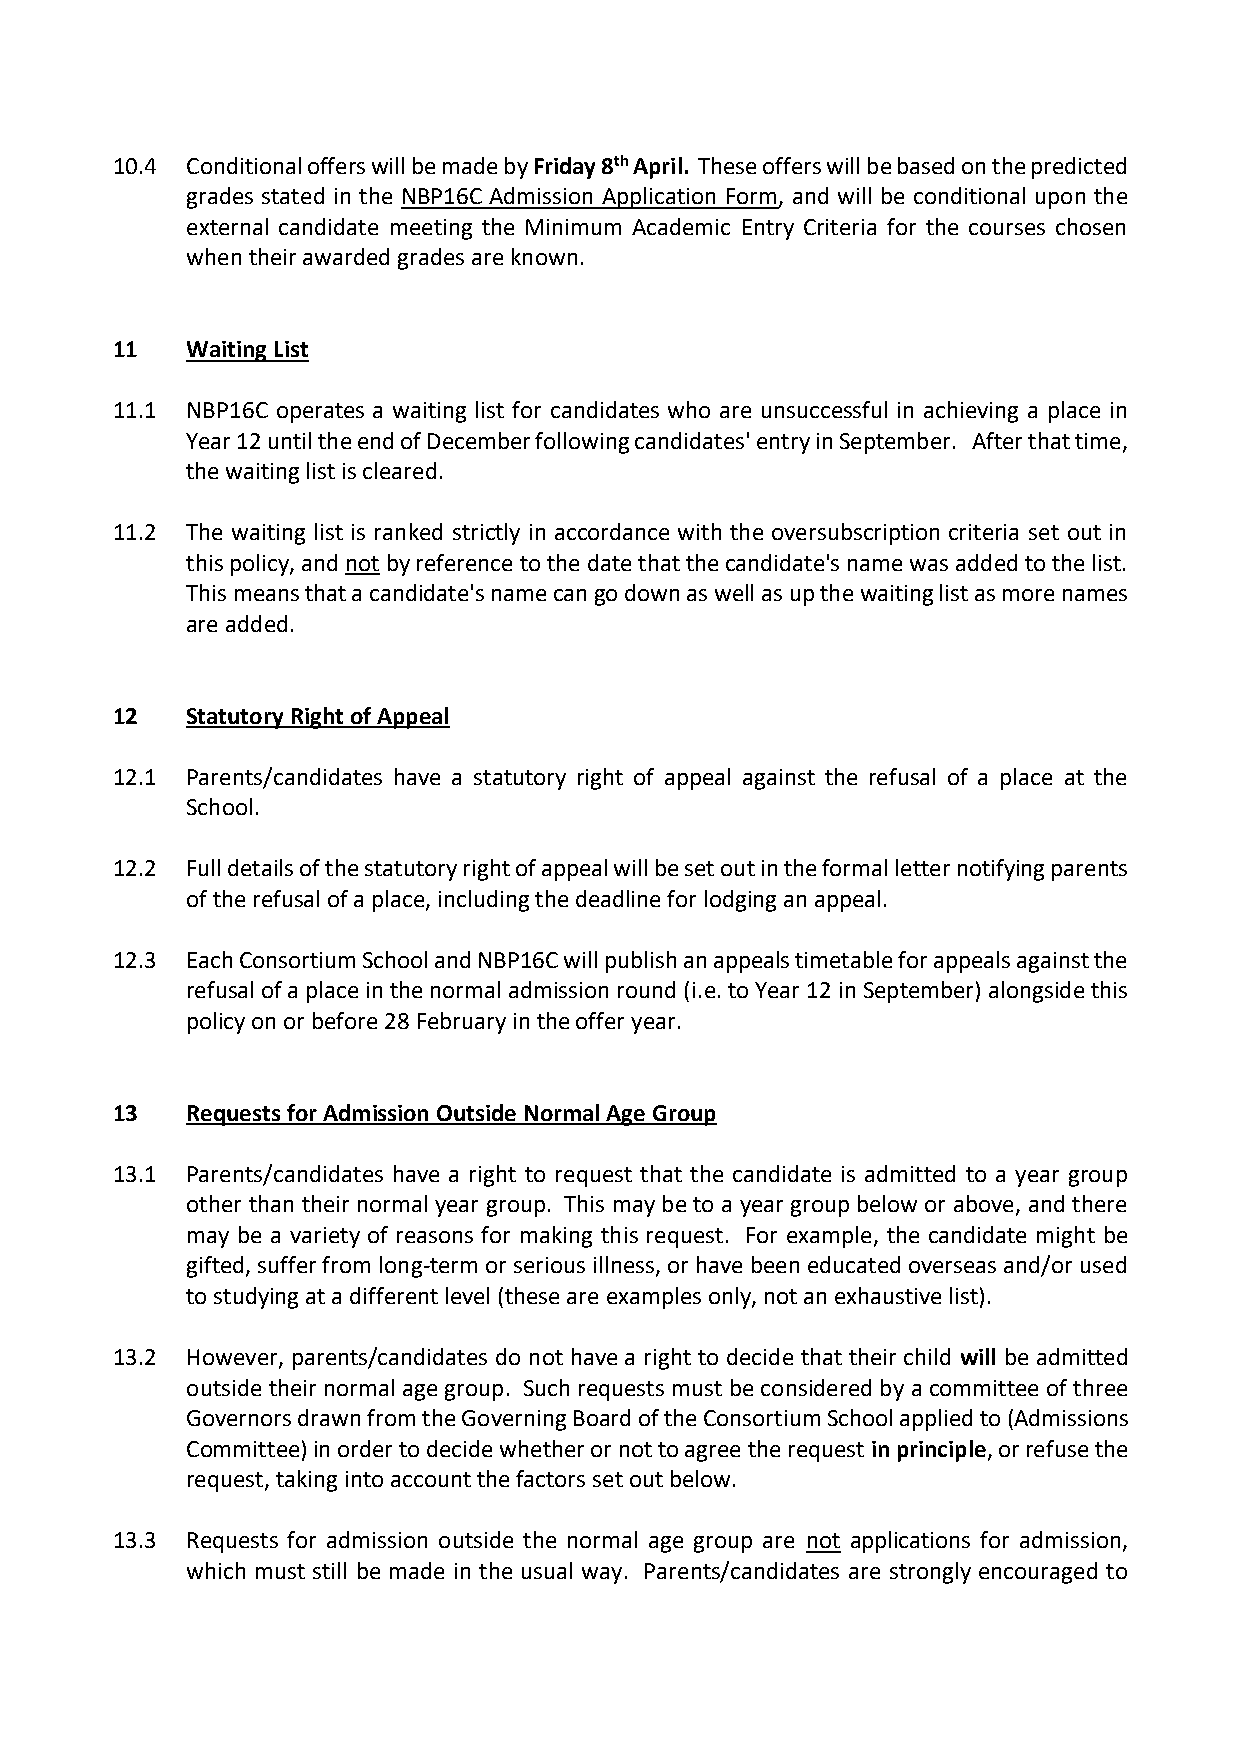
10.4 Conditional offers will be made by Friday 8th April. These offers will be based on the predicted
 grades stated in the NBP16C Admission Application Form, and will be conditional upon the
 external candidate meeting the Minimum Academic Entry Criteria for the courses chosen
 when their awarded grades are known.
 11   Waiting List
 11.1 NBP16C operates a waiting list for candidates who are unsuccessful in achieving a place in
 Year 12 until the end of December following candidates' entry in September. After that time,
 the waiting list is cleared.
 11.2 The waiting list is ranked strictly in accordance with the oversubscription criteria set out in
 this policy, and not by reference to the date that the candidate's name was added to the list.
 This means that a candidate's name can go down as well as up the waiting list as more names
 are added.
 12   Statutory Right of Appeal
 12.1 Parents/candidates have a statutory right of appeal against the refusal of a place at the
 School.
 12.2 Full details of the statutory right of appeal will be set out in the formal letter notifying parents
 of the refusal of a place, including the deadline for lodging an appeal.
 12.3 Each Consortium School and NBP16C will publish an appeals timetable for appeals against the
 refusal of a place in the normal admission round (i.e. to Year 12 in September) alongside this
 policy on or before 28 February in the offer year.
 13   Requests for Admission Outside Normal Age Group
 13.1 Parents/candidates have a right to request that the candidate is admitted to a year group
 other than their normal year group. This may be to a year group below or above, and there
 may be a variety of reasons for making this request. For example, the candidate might be
 gifted, suffer from long-term or serious illness, or have been educated overseas and/or used
 to studying at a different level (these are examples only, not an exhaustive list).
 13.2 However, parents/candidates do not have a right to decide that their child will be admitted
 outside their normal age group. Such requests must be considered by a committee of three
 Governors drawn from the Governing Board of the Consortium School applied to (Admissions
 Committee) in order to decide whether or not to agree the request in principle, or refuse the
 request, taking into account the factors set out below.
 13.3 Requests for admission outside the normal age group are not applications for admission,
 which must still be made in the usual way. Parents/candidates are strongly encouraged to